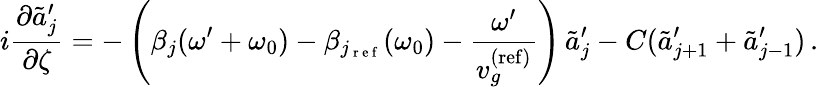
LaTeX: i\frac{\partial\tilde{a}_{j}^{\prime}}{\partial\zeta}=-\left(\beta_{j}(\omega^{\prime}+\omega_{0})-\beta_{j_{\mathrm{~r~e~f~}}}(\omega_{0})-\frac{\omega^{\prime}}{v_{g}^{\mathrm{(ref)}}}\right)\, \tilde{a}_{j}^{\prime}-C(\tilde{a}_{j+1}^{\prime}+\tilde{a}_{j-1}^{\prime})\, .